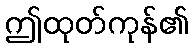
ဤထုတ်ကုန်၏